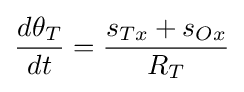
{\frac {d\theta _{T}}{dt}}={\frac {s_{Tx}+s_{Ox}}{R_{T}}}\,\!